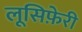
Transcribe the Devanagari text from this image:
लूसिफ़ेरी